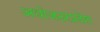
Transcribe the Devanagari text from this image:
अधोजठरप्रदेश